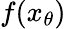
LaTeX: f(x_{\theta})